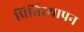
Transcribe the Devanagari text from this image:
प्रितिस्थापन